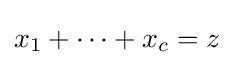
x_{1}+\cdots +x_{c}=z